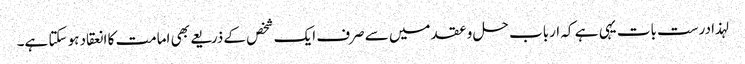
لہذا درست بات یہی ہے کہ ارباب حل و عقد میں سے صرف ایک شخص کے ذریعے بھی امامت کا انعقاد ہو سکتا ہے۔